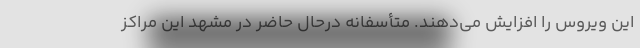
این ویروس را افزایش می‌دهند. متأسفانه درحال حاضر در مشهد این مراکز